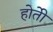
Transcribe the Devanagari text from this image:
होतेी